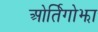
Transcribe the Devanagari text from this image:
ओर्तिगोझा